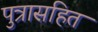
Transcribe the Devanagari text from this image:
पुत्रासहित